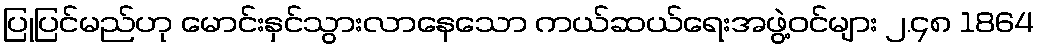
ပြုပြင်မည်ဟု မောင်းနှင်သွားလာနေသော ကယ်ဆယ်ရေးအဖွဲ့ဝင်များ ၂.၄၈ 1864